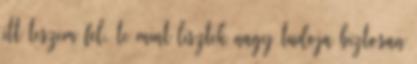
itt teszem fel, te mint lisztek nagy tudoja biztosan